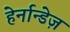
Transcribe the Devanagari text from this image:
हेर्नान्डेज़